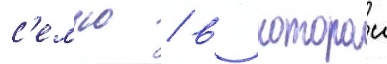
с'емью / в которои